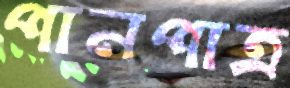
পানপাত্র